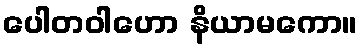
ပေါတဝါဟော နိယာမကော။